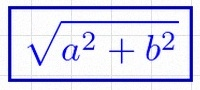
\sqrt{a^2+b^2}